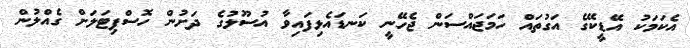
އެކަމަކު އޭޑީކޭގެ އަގުތައް ހަމަޖައްސަން ޖެހޭނީ ކަނޑައެޅިފައިވާ އުސޫލުގެ ދަށުން ހޮސްޕިޓަލަށް ގެއްލުން